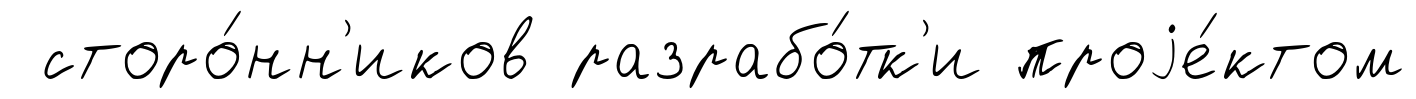
сторо́нн'иков разрабо́тк'и проjе́ктом